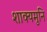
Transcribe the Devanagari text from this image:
शाक्‍यमुनि